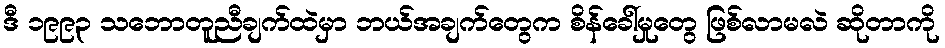
ဒီ ၁၉၉၃ သဘောတူညီချက်ထဲမှာ ဘယ်အချက်တွေက စိန်ခေါ်မှုတွေ ဖြစ်လာမလဲ ဆိုတာကို